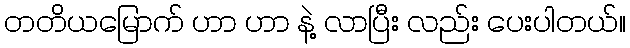
တတိယမြောက် ဟာ ဟာ နဲ့ လာပြီး လည်း ပေးပါတယ်။